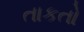
તાકતો